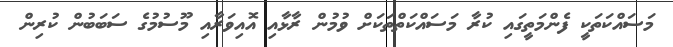
މަސައްކަތަކީ ފެންމަތީގައި ކުރާ މަސައްކަތްތަކަށް ވުމުން ރާޅާއި އޮއިވަރާއި މޫސުމުގެ ސަބަބުން ކުރިން